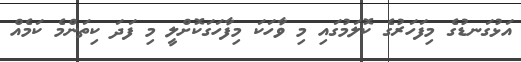
އަޅުގަނޑުގެ މިފަހަރުގެ ކޮލަމުގައި މި ވާހަކަ މިފާހަގަކޮށްލީ މި ފަދަ ކިތަންމެ ކަމެއް